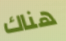
هناك